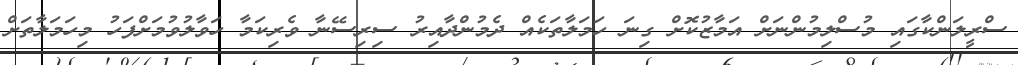
ސްރީލަންކާގައި މުސްލިމުންނަށް އަމާޒުކޮށް ގިނަ ހަމަލާތަކެއް ދެމުންދާއިރު ސިރިސޭނާ ވެރިކަމާ ހަވާލުވުމަށްފަހު މިހަމަލާތަށް